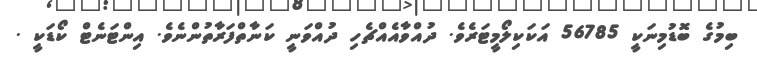
ބިމުގެ ބޮޑުމިނަކީ 56785 އަކަކިލޯމީޓަރެވެ. ދުއްވާއެއްޗެހި ދުއްވަނީ ކަނާތްފަރާތުންނެވެ. އިންޓަނެޓް ކޯޑަކީ .